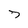
Character: 7